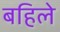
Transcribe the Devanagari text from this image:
बहिले